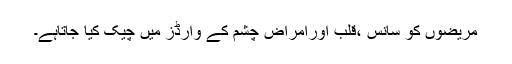
مریضوں کو سانس ،قلب اورامراض چشم کے وارڈز میں چیک کیا جاتاہے۔